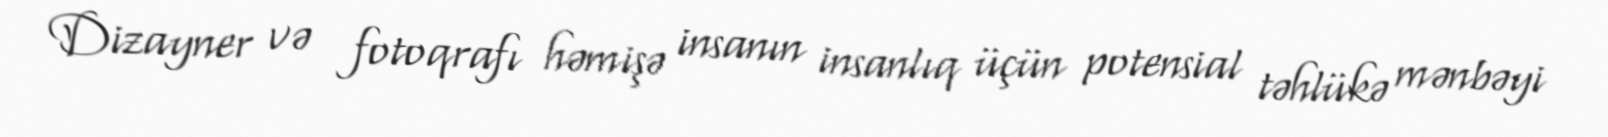
Dizayner və fotoqrafı həmişə insanın insanlıq üçün potensial təhlükə mənbəyi